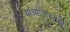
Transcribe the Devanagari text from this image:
यांच्यासोबतची